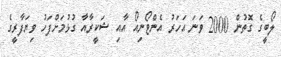
ލޯބީގެ ގޮތުން 2000 ވަނަ އަހަރު އެންޓޯނިއޯ އާއި ޝަކީރާއާ ގުޅުމަށްފަހު ވިޔަފާރީގެ